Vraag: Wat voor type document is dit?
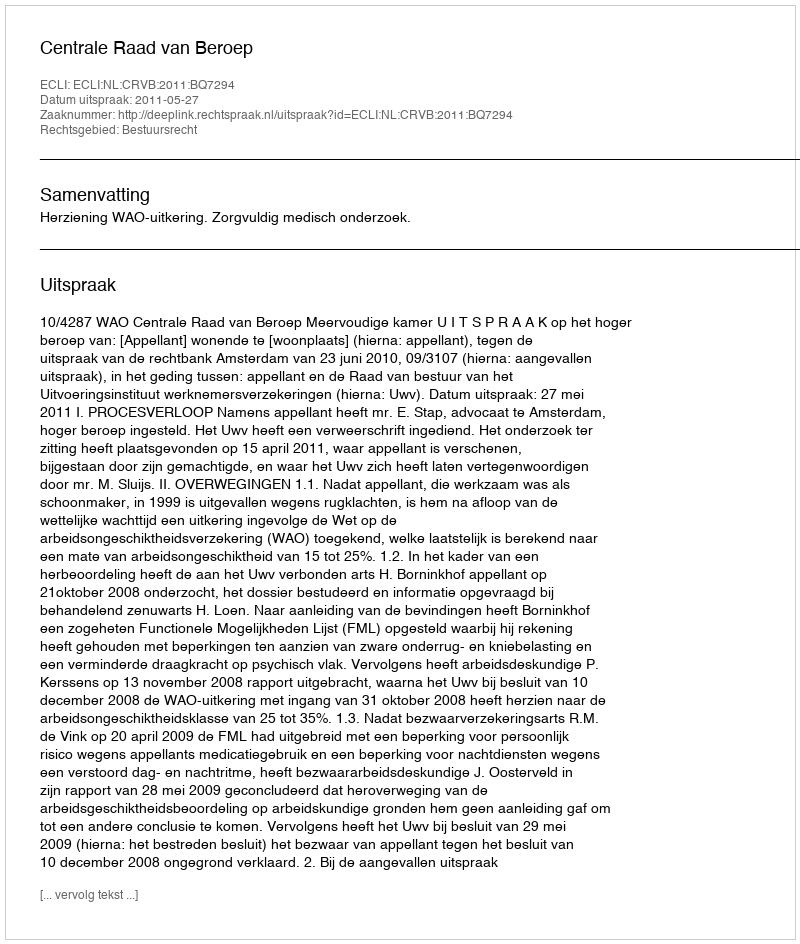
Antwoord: Uitspraak